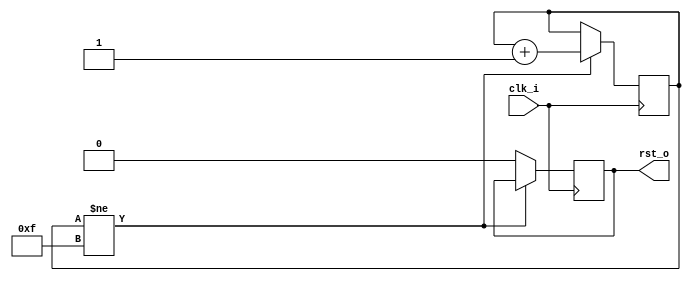
// This program was cloned from: https://github.com/ultraembedded/core_dvi_framebuffer
// License: MIT License

module reset_gen
(
    input  clk_i,
    output rst_o
);

reg [3:0] count_q = 4'b0;
reg       rst_q   = 1'b1;

always @(posedge clk_i) 
if (count_q != 4'hF)
    count_q <= count_q + 4'd1;
else
    rst_q <= 1'b0;

assign rst_o = rst_q;

endmodule